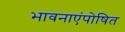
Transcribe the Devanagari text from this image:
भावनाएंपोषित